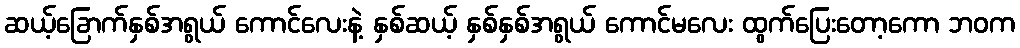
ဆယ့်ခြောက်နှစ်အရွယ် ကောင်လေးနဲ့ နှစ်ဆယ့် နှစ်နှစ်အရွယ် ကောင်မလေး ထွက်ပြေးတော့ကော ဘဝက